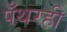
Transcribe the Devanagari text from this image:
पँथरही